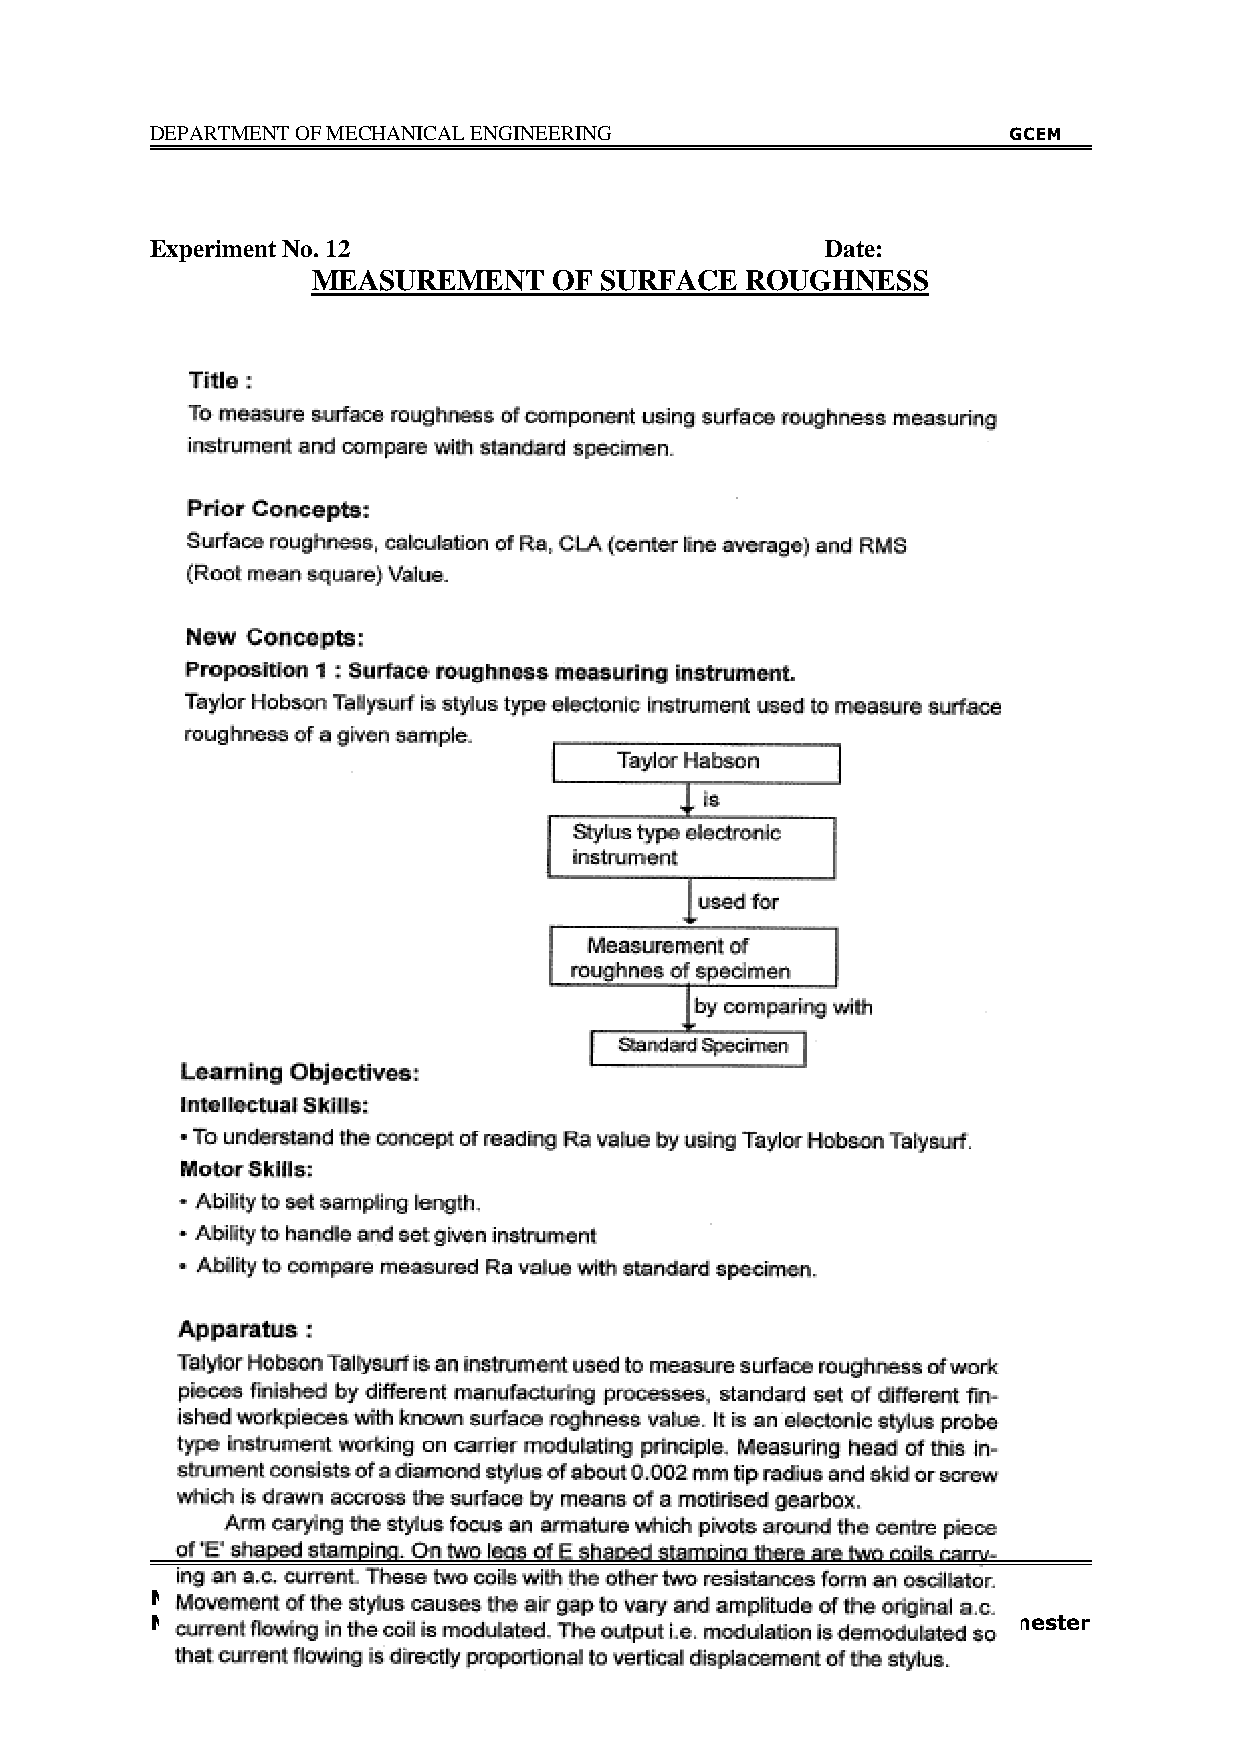
DEPARTMENT OF MECHANICAL ENGINEERING                     GCEM
 Experiment No. 12                            Date:
 MEASUREMENT     OF SURFACE  ROUGHNESS
 Mechanical Measurements &
 57
 Metrology Lab (15MEL47B)                             IV Semester